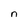
Character: n